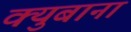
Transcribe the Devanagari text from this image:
क्युबाना